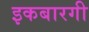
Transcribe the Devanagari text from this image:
इकबारगी